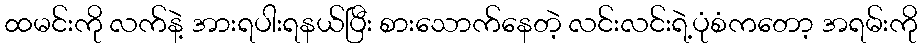
ထမင်းကို လက်နဲ့ အားရပါးရနယ်ပြီး စားသောက်နေတဲ့ လင်းလင်းရဲ့ပုံစံကတော့ အရမ်းကို